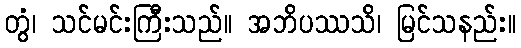
တွံ၊ သင်မင်းကြီးသည်။ အဘိပဿသိ၊ မြင်သနည်း။